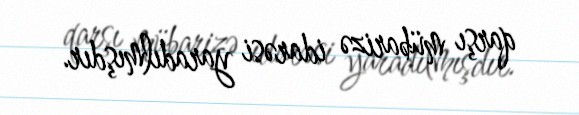
qarşı mübarizə idarəsi yaradılmışdır.